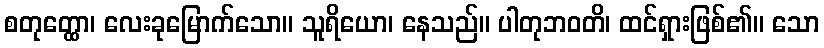
စတုတ္ထော၊ လေးခုမြောက်သော။ သူရိယော၊ နေသည်။ ပါတုဘဝတိ၊ ထင်ရှားဖြစ်၏။ သော